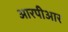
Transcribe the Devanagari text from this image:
आरपीआर